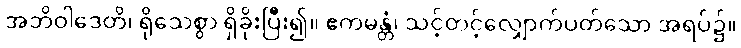
အဘိဝါဒေတိ၊ ရိုသေစွာ ရှိခိုးပြီး၍။ ဧကမန္တံ၊ သင့်တင့်လျှောက်ပတ်သော အရပ်၌။